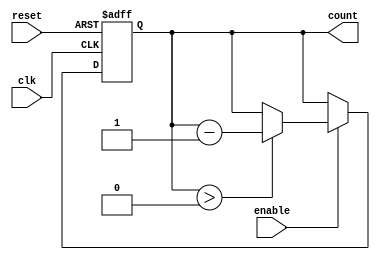
module down_counter #(
    parameter N = 4,          // Bit-width of the counter (can be set to any value)
    parameter MAX_VALUE = (2**N)-1 // Maximum value based on the bit-width
)(
    input wire clk,           // Clock input
    input wire reset,         // Asynchronous reset input
    input wire enable,        // Enable signal to control counting
    output reg [N-1:0] count  // Current count value
);

// Initial counter value
initial begin
    count = MAX_VALUE; // Initialize counter to max value
end

// Synchronous process
always @(posedge clk or posedge reset) begin
    if (reset) begin
        count <= MAX_VALUE; // Reset counter to maximum value
    end else if (enable) begin
        if (count > 0) begin
            count <= count - 1; // Decrement the counter
        end
        // If count is 0, it remains 0 due to else condition
    end
end

endmodule